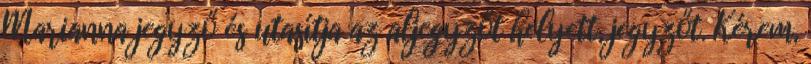
Marianna jegyző és utasítja az aljegyzőt helyett, jegyzőt. Kérem,